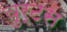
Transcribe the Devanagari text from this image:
वुर्टस